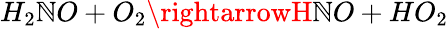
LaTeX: H_{2}\mathbb{N}O+O_{2}\rightarrowH\mathbb{N}O+HO_{2}